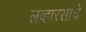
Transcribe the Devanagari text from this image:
लव्हारसाचे